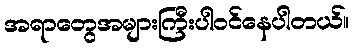
အရာတွေအများကြီးပါဝင်နေပါတယ်။